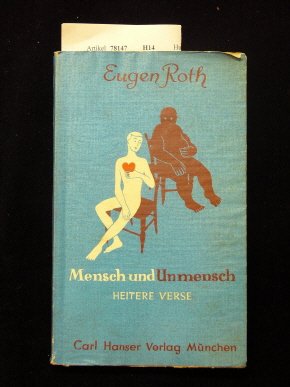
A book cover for The Delivery of rural emergency medical services systems: A spatial analysis; final report (NTIS no. PB-267 487); Irvin Roth; Medical Books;